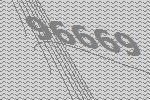
96669